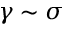
\gamma \sim \sigma